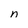
Character: n